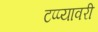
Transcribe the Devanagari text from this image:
टप्प्यावरी